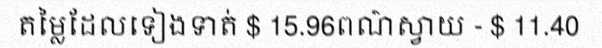
តម្លៃដែលទៀងទាត់ $ 15.96ពណ៌ស្វាយ - $ 11.40